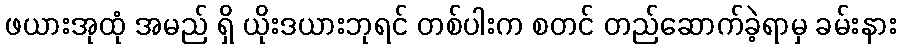
ဖယားအုထုံ အမည် ရှိ ယိုးဒယားဘုရင် တစ်ပါးက စတင် တည်ဆောက်ခဲ့ရာမှ ခမ်းနား